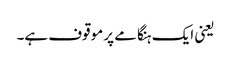
یعنی ایک ہنگامے پر موقوف ہے۔